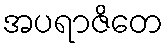
အပရာဇိတေ